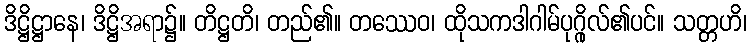
ဒိဋ္ဌိဋ္ဌာနေ၊ ဒိဋ္ဌိအရာ၌။ တိဋ္ဌတိ၊ တည်၏။ တဿေဝ၊ ထိုသကဒါဂါမ်ပုဂ္ဂိုလ်၏ပင်။ သတ္တဟိ၊